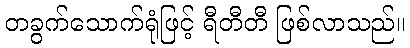
တခွက်သောက်ရုံဖြင့် ရီတီတီ ဖြစ်လာသည်။